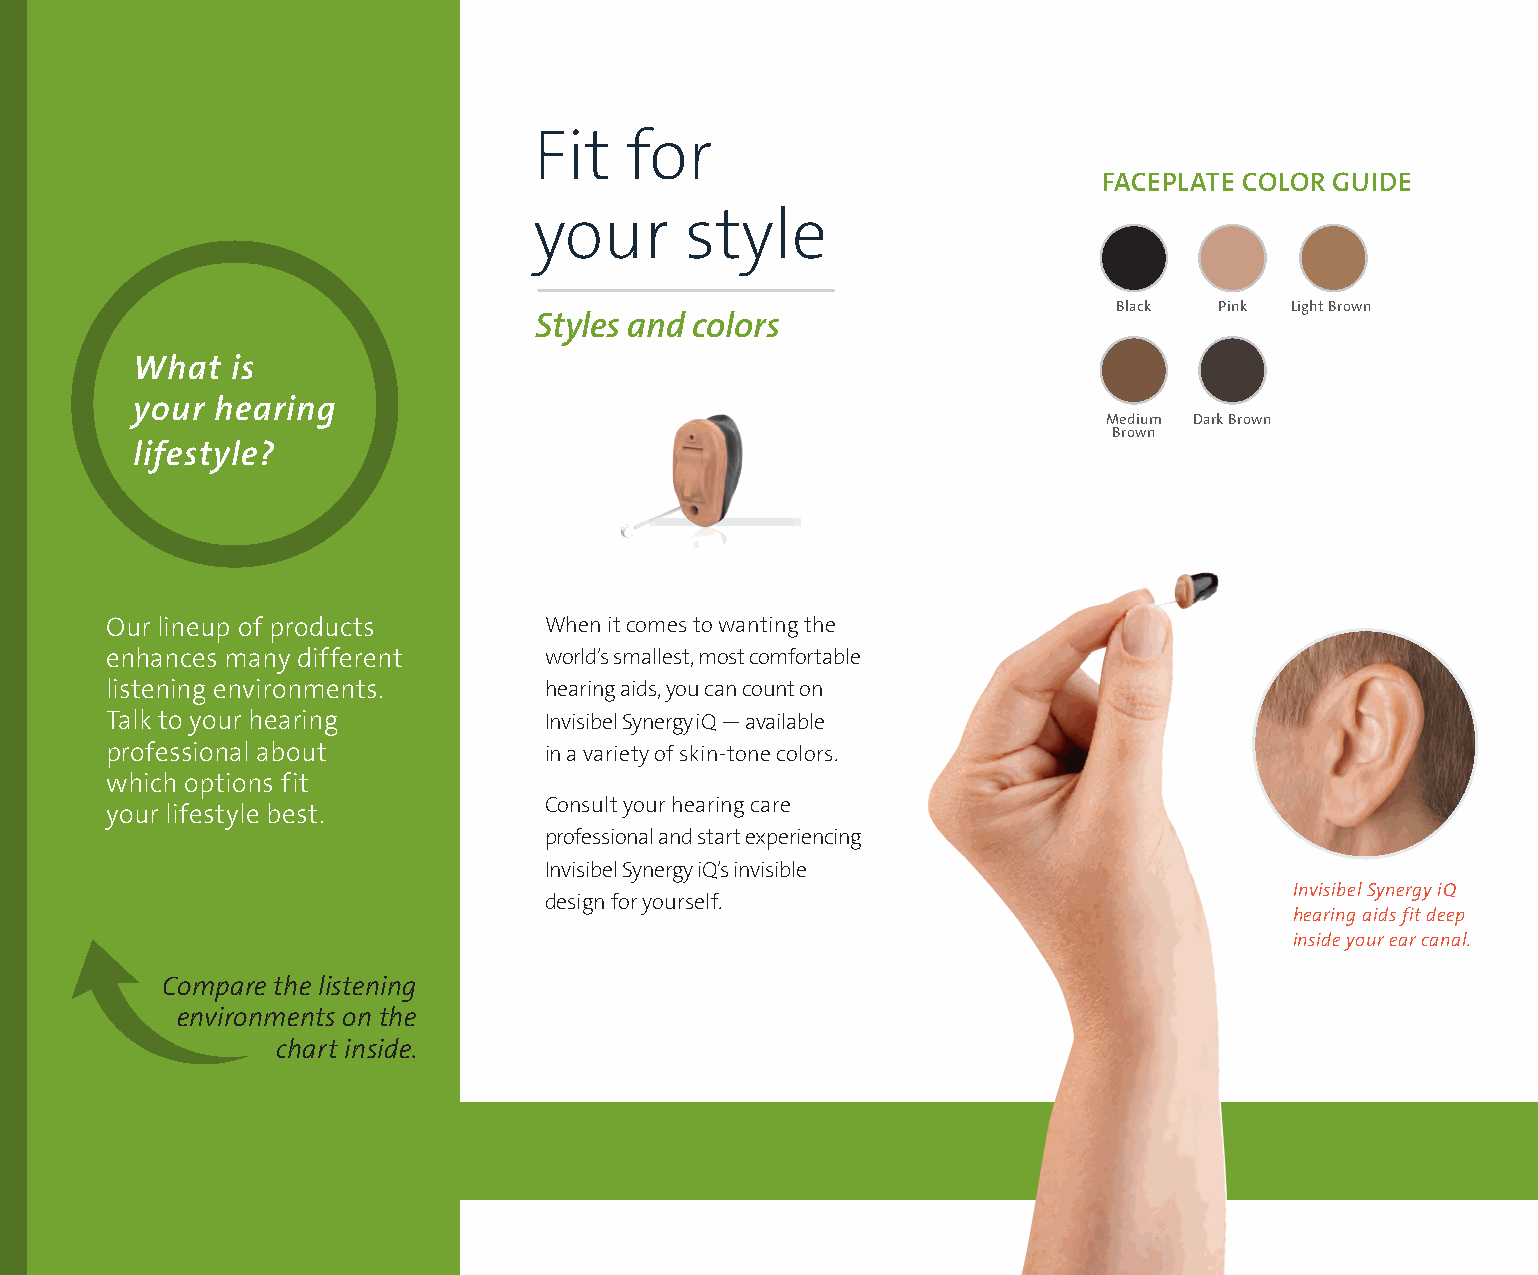
Fit   for
 FACEPLATE COLOR GUIDE
 your      style
 Black  Pink Light Brown
 Styles and colors
 What  is
 your hearing
 Medium Dark Brown
 Brown
 lifestyle?
 Our lineup of products       When it comes to wanting the
 enhances many different      world’s smallest, most comfortable
 listening environments.      hearing aids, you can count on
 Talk to your hearing         Invisibel Synergy iQ — available
 professional about           in a variety of skin-tone colors.
 which options fit
 Consult your hearing care
 your lifestyle best.
 professional and start experiencing
 Invisibel Synergy iQ’s invisible
 Invisibel Synergy iQ
 design for yourself.
 hearing aids fit deep
 inside your ear canal.
 Compare the listening
 environments on the
 chart inside.